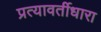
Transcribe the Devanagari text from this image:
प्रत्यावर्तीधारा